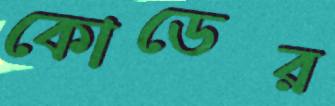
কোডের